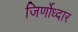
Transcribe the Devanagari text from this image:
जिर्णोध्दार